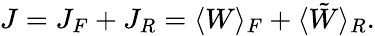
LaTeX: \begin{array}{r}{J=J_{F}+J_{R}=\langle W\rangle_{F}+\langle\tilde{W}\rangle_{R}.}\end{array}